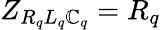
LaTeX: Z_{R_{q}L_{q}\mathbb{C}_{q}}=R_{q}